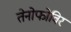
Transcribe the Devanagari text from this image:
तेनोफोविर